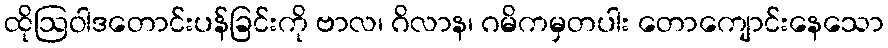
ထိုဩဝါဒတောင်းပန်ခြင်းကို ဗာလ၊ ဂိလာန၊ ဂမိကမှတပါး တောကျောင်းနေသော